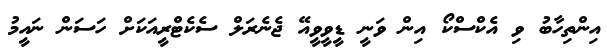
އިންތިހާބު ވި އެކްސްކޯ އިން ވަނީ ޑީވީވީއޭ ޖެނެރަލް ސެކެޓްރީއަކަށް ހަސަން ނައީމު